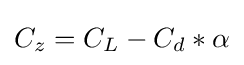
C_{z}=C_{L}-C_{d}*\alpha